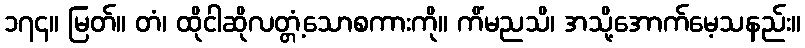
၁၇၄။ မြတ်။ တံ၊ ထိုငါဆိုလတ္တံ့သောစကားကို။ ကိံမညသိ၊ အသို့အောက်မေ့သနည်း။